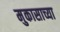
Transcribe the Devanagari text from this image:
मुकासाच्या